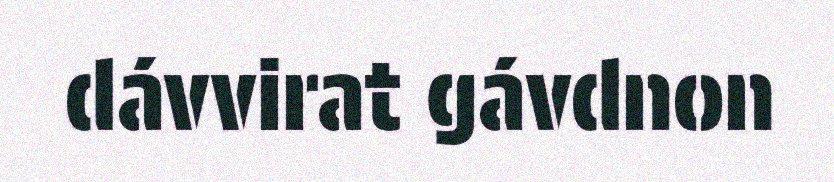
dávvirat gávdnon